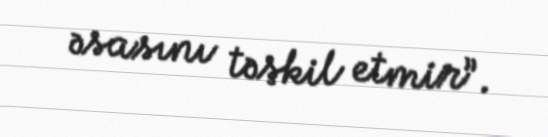
əsasını təşkil etmir”.